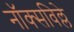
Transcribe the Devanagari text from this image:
नॉक्सविल्ले